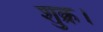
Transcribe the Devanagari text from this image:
शुक्र।